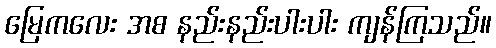
မြေကလေး အစ နည်းနည်းပါးပါး ကျန်ကြသည်။